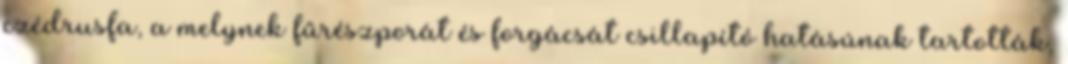
czédrusfa, a melynek fűrészporát és forgácsát csillapító hatásúnak tartották,